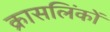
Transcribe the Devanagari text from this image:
क्रासलिंकों